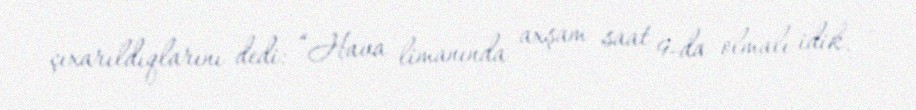
çıxarıldıqlarını dedi: “Hava limanında axşam saat 9-da olmalı idik.